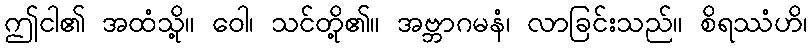
ဤငါ၏ အထံသို့။ ဝေါ၊ သင်တို့၏။ အဗ္ဘာဂမနံ၊ လာခြင်းသည်။ စိရဿံဟိ၊